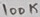
Text: 100K